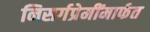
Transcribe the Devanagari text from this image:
निसर्गप्रेमींमार्फत